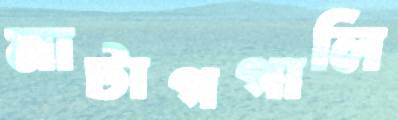
মাটাগগালি